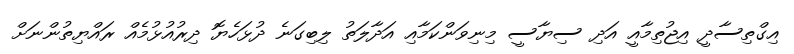
އިގްތިސާދީ އިޖުތިމާއީ އަދި ސިޔާސީ މިނިވަންކަމާއި އަދާލަތު ލިބިގަނެ ދުޅަހެޔޮ ދިރުއުޅުމެއް ރައްޔިތުންނަށް